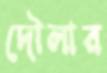
দৌলার